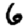
Digit: 6